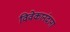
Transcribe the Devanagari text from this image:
विवेकानंदाना